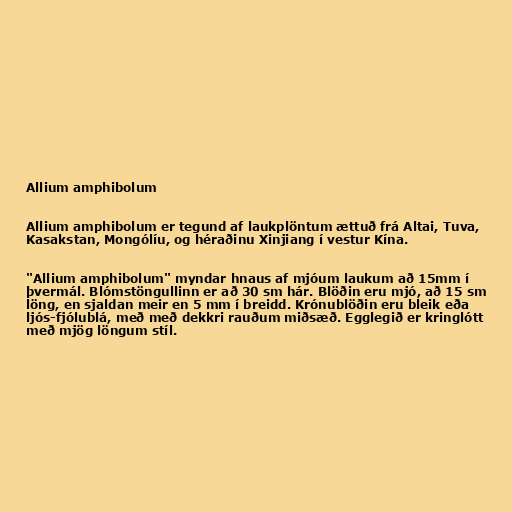
Allium amphibolum

Allium amphibolum er tegund af laukplöntum ættuð frá Altai, Tuva,
Kasakstan, Mongólíu, og héraðinu Xinjiang í vestur Kína.

"Allium amphibolum" myndar hnaus af mjóum laukum að 15mm í
þvermál. Blómstöngullinn er að 30 sm hár. Blöðin eru mjó, að 15 sm
löng, en sjaldan meir en 5 mm í breidd. Krónublöðin eru bleik eða
ljós-fjólublá, með með dekkri rauðum miðsæð. Egglegið er kringlótt
með mjög löngum stíl.